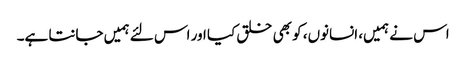
اس نے ہمیں، انسانوں، کو بھی خلق کیا اور اس لئے ہمیں جانتا ہے۔